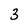
Character: 3